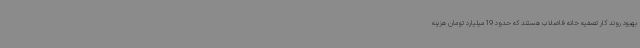
بهبود روند کار تصفیه خانه فاضلاب هستند که حدود 19میلیارد تومان هزینه